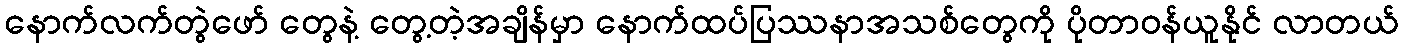
နောက်လက်တွဲဖော် တွေနဲ့ တွေ့တဲ့အချိန်မှာ နောက်ထပ်ပြဿနာအသစ်တွေကို ပိုတာဝန်ယူနိုင် လာတယ်